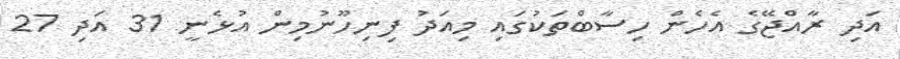
އަދި ރާއްޖޭގެ އެހެން ހިސާބްތަކުގައި މިއަދު ފިނިހޫނުމިން އުޅެނީ 31 އަދި 27